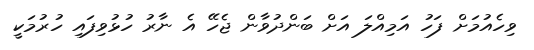
ވިހެއުމަށް ފަހު އަމިއްލަ އަށް ބަންދުވާން ޖެހޭ އެ ނާރު ހުޅުވިފައި ހުރުމަކީ